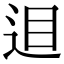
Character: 𨒚